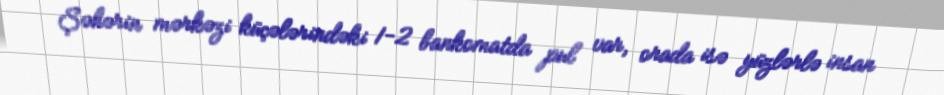
Şəhərin mərkəzi küçələrindəki 1-2 bankomatda pul var, orada isə yüzlərlə insan